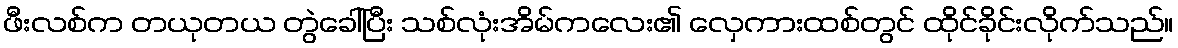
ဖီးလစ်က တယုတယ တွဲခေါ်ပြီး သစ်လုံးအိမ်ကလေး၏ လှေကားထစ်တွင် ထိုင်ခိုင်းလိုက်သည်။